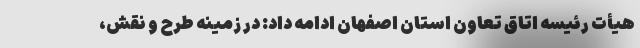
هیأت رئیسه اتاق تعاون استان اصفهان ادامه داد: در زمینه طرح و نقش،